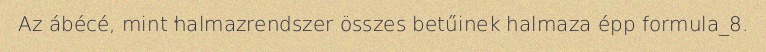
Az ábécé, mint halmazrendszer összes betűinek halmaza épp formula_8.